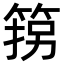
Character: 箉